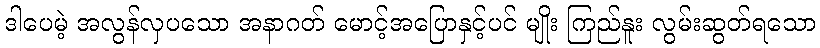
ဒါပေမဲ့ အလွန်လှပသော အနာဂတ် မောင့်အပြောနှင့်ပင် မျိုး ကြည်နူး လွမ်းဆွတ်ရသော